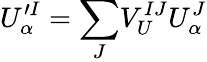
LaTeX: U_{\alpha}^{\prime I}={\displaystyle\sum_{J}}V_{U}^{IJ}U_{\alpha}^{J}